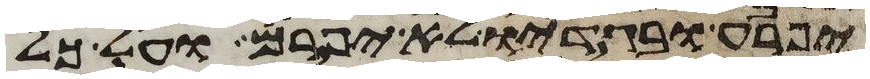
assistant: יפרע ובגדיו לא יפרם ועל כל